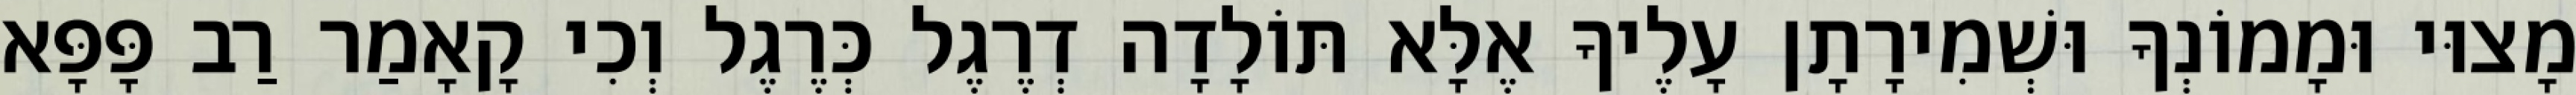
מָצוּי וּמָמוֹנְךָ וּשְׁמִירָתָן עָלֶיךָ אֶלָּא תּוֹלָדָה דְרֶגֶל כְּרֶגֶל וְכִי קָאָמַר רַב פָּפָּא